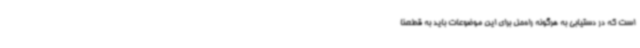
است که در دستیابی به هرگونه راه‌حل برای این موضوعات باید به قطعنا